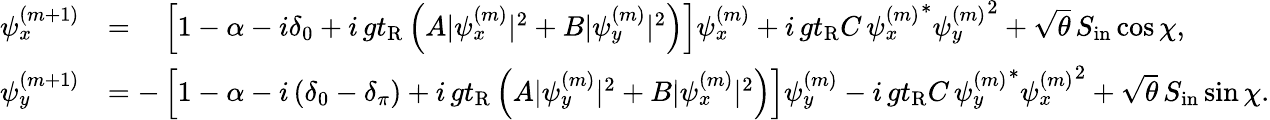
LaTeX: \begin{array}{rl}{\psi_{x}^{(m+1)}}&{=\phantom{-}\left[1-\alpha-i\delta_{0}+i\, gt_{\mathrm{R}}\left(A|\psi_{x}^{(m)}|^{2}+B|\psi_{y}^{(m)}|^{2}\right)\right]\psi_{x}^{(m)}+i\, gt_{\mathrm{R}}C\, {\psi_{x}^{(m)}}^{*}{\psi_{y}^{(m)}}^{2}+\sqrt{\theta}\, S_{\mathrm{in}}\cos\chi,}\\ {\psi_{y}^{(m+1)}}&{=-\left[1-\alpha-i\left(\delta_{0}-\delta_{\pi}\right)+i\, gt_{\mathrm{R}}\left(A|\psi_{y}^{(m)}|^{2}+B|\psi_{x}^{(m)}|^{2}\right)\right]\psi_{y}^{(m)}-i\, gt_{\mathrm{R}}C\, {\psi_{y}^{(m)}}^{*}{\psi_{x}^{(m)}}^{2}+\sqrt{\theta}\, S_{\mathrm{in}}\sin\chi.}\end{array}